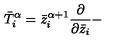
\bar { T } _ { i } ^ { \alpha } = \bar { z } _ { i } ^ { \alpha + 1 } { \frac { \partial } { \partial \bar { z } _ { i } } } -